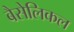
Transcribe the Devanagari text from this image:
बैसेलिकल